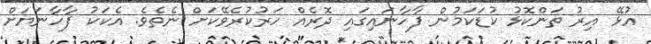
އުޅޭ އިރު ތަންކޮޅު ކުޑަކަމުން ފާހާނައިގައި ދޮރެއް ހަރުކުރެވޭކަށް ނެތެވެ. އެކަކު ފާހާނަޔަށް